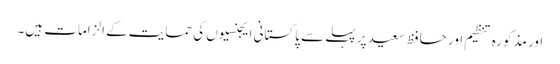
اور مذکورہ تنظیم اور حافظ سعید پر پہلے سے پاکستانی ایجنسیوں کی حمایت کے الزامات ہیں۔